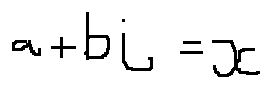
a + b i = x